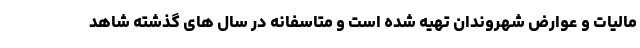
مالیات و عوارض شهروندان تهیه شده است و متاسفانه در سال های گذشته شاهد